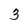
Character: 3